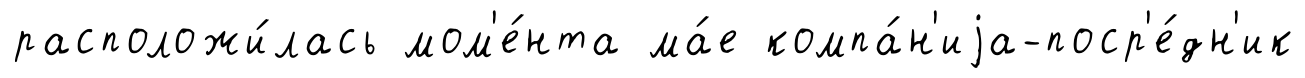
расположи́лась мом'е́нта ма́е компа́н'иjа-поср'е́дн'ик